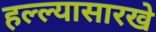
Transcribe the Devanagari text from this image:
हल्ल्यासारखे